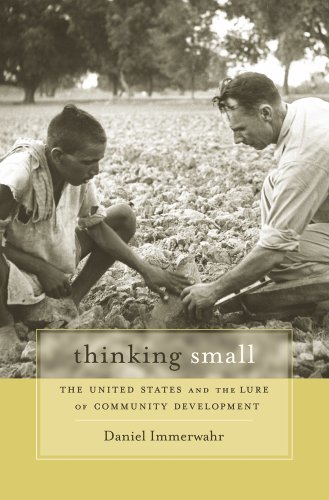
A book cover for Thinking Small: The United States and the Lure of Community Development; Daniel Immerwahr; Politics & Social Sciences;